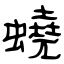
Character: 蟯